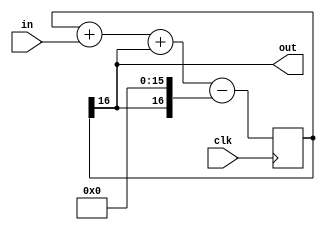
module SigmaDeltaModulator(in, clk, out);
parameter WIDTH = 16;
input[WIDTH-1:0] in;
input clk;
output out;

reg[WIDTH:0] acc = 0;
assign out = acc[WIDTH];

always @(posedge clk) acc <= acc + in + out - (out << WIDTH);

endmodule